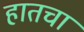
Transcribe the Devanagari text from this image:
हातचा